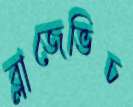
ব্লাজেভিচ